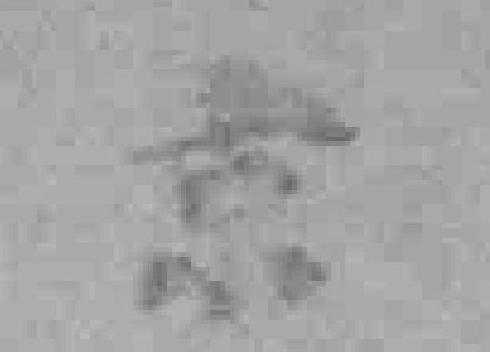
京